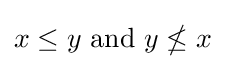
x\leq y{\text{ and }}y\nleq x